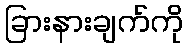
ခြားနားချက်ကို